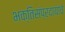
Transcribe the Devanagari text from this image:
भक्तिसंप्रदायाचे